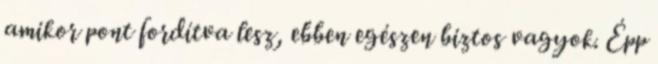
amikor pont fordítva lesz, ebben egészen biztos vagyok. Épp